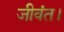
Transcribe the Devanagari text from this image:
जीवंत।